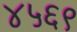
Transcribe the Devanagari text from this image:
४५६९